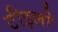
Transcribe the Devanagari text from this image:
टीइलों